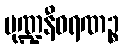
မုဏ္ဍနီဝရဏဉ္စ